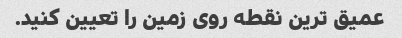
عمیق ترین نقطه روی زمین را تعیین کنید.